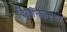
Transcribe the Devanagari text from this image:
विलीनकरणा